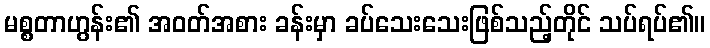
မစ္စတာဟွန်း၏ အဝတ်အစား ခန်းမှာ ခပ်သေးသေးဖြစ်သည့်တိုင် သပ်ရပ်၏။